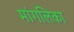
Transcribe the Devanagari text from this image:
मांगलिका